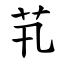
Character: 䒖